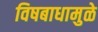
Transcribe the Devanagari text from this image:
विषबाधामुळे